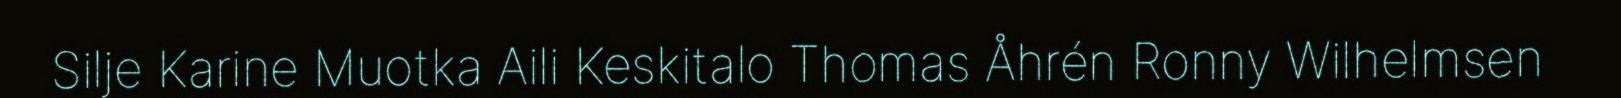
Silje Karine Muotka Aili Keskitalo Thomas Åhrén Ronny Wilhelmsen